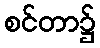
စင်တာ၌